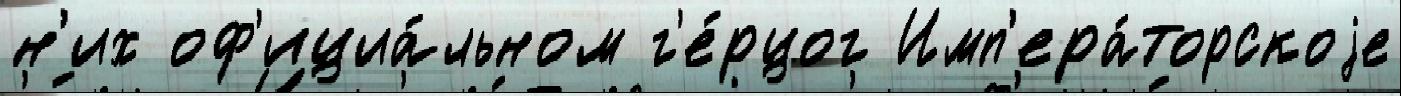
н'их оф'ициа́льном г'е́рцог Имп'ера́торскоjе